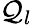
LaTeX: \mathcal{Q}_{l}